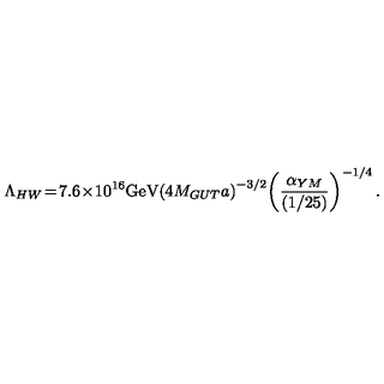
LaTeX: \Lambda _ { H W } \! = \! 7 . 6 \! \times \! 1 0 ^ { 1 6 } \mathrm { G e V } \! \left( 4 M _ { G U T } a \right) ^ { - 3 / 2 } \! \left( \frac { \alpha _ { Y M } } { ( 1 / 2 5 ) } \right) ^ { - 1 / 4 } .